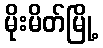
မိုးမိတ်မြို့